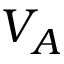
V _ { A }